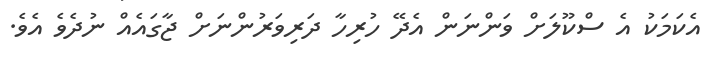
އެކަމަކު އެ ސްކޫލަށް ވަންނަން އެދޭ ހުރިހާ ދަރިވަރުންނަށް ޖާގައެއް ނުދެވެ އެވެ.